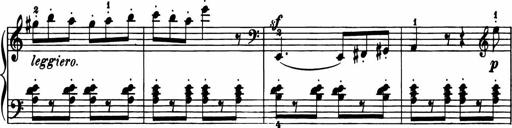
Title: 11 Sonatinas for Piano Solo
Composer: Anton Diabelli